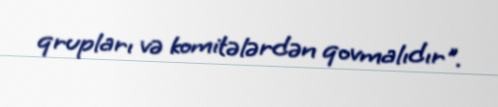
qrupları və komitələrdən qovmalıdır".